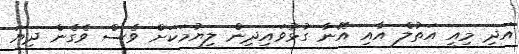
އަދި މިއީ އަތުލް އާއި އޭނާ ގުޅުވައިދިން ލިޔުމަކަށް ވެސް ވެގެން ދިޔަ